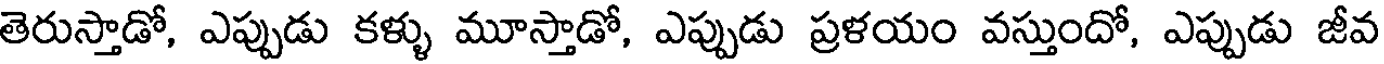
తెరుస్తాడో, ఎప్పుడు కళ్ళు మూస్తాడో, ఎప్పుడు ప్రళయం వస్తుందో, ఎప్పుడు జీవ